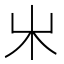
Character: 𣎵